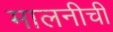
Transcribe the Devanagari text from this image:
मालनीची